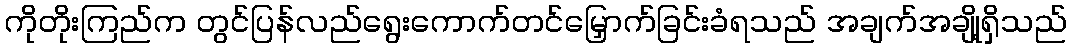
ကိုတိုးကြည်က တွင်ပြန်လည်ရွေးကောက်တင်မြှောက်ခြင်းခံရသည် အချက်အချို့ရှိသည်